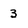
Character: 3